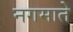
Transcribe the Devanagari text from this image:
नगमाते